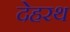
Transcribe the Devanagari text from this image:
देहरथ